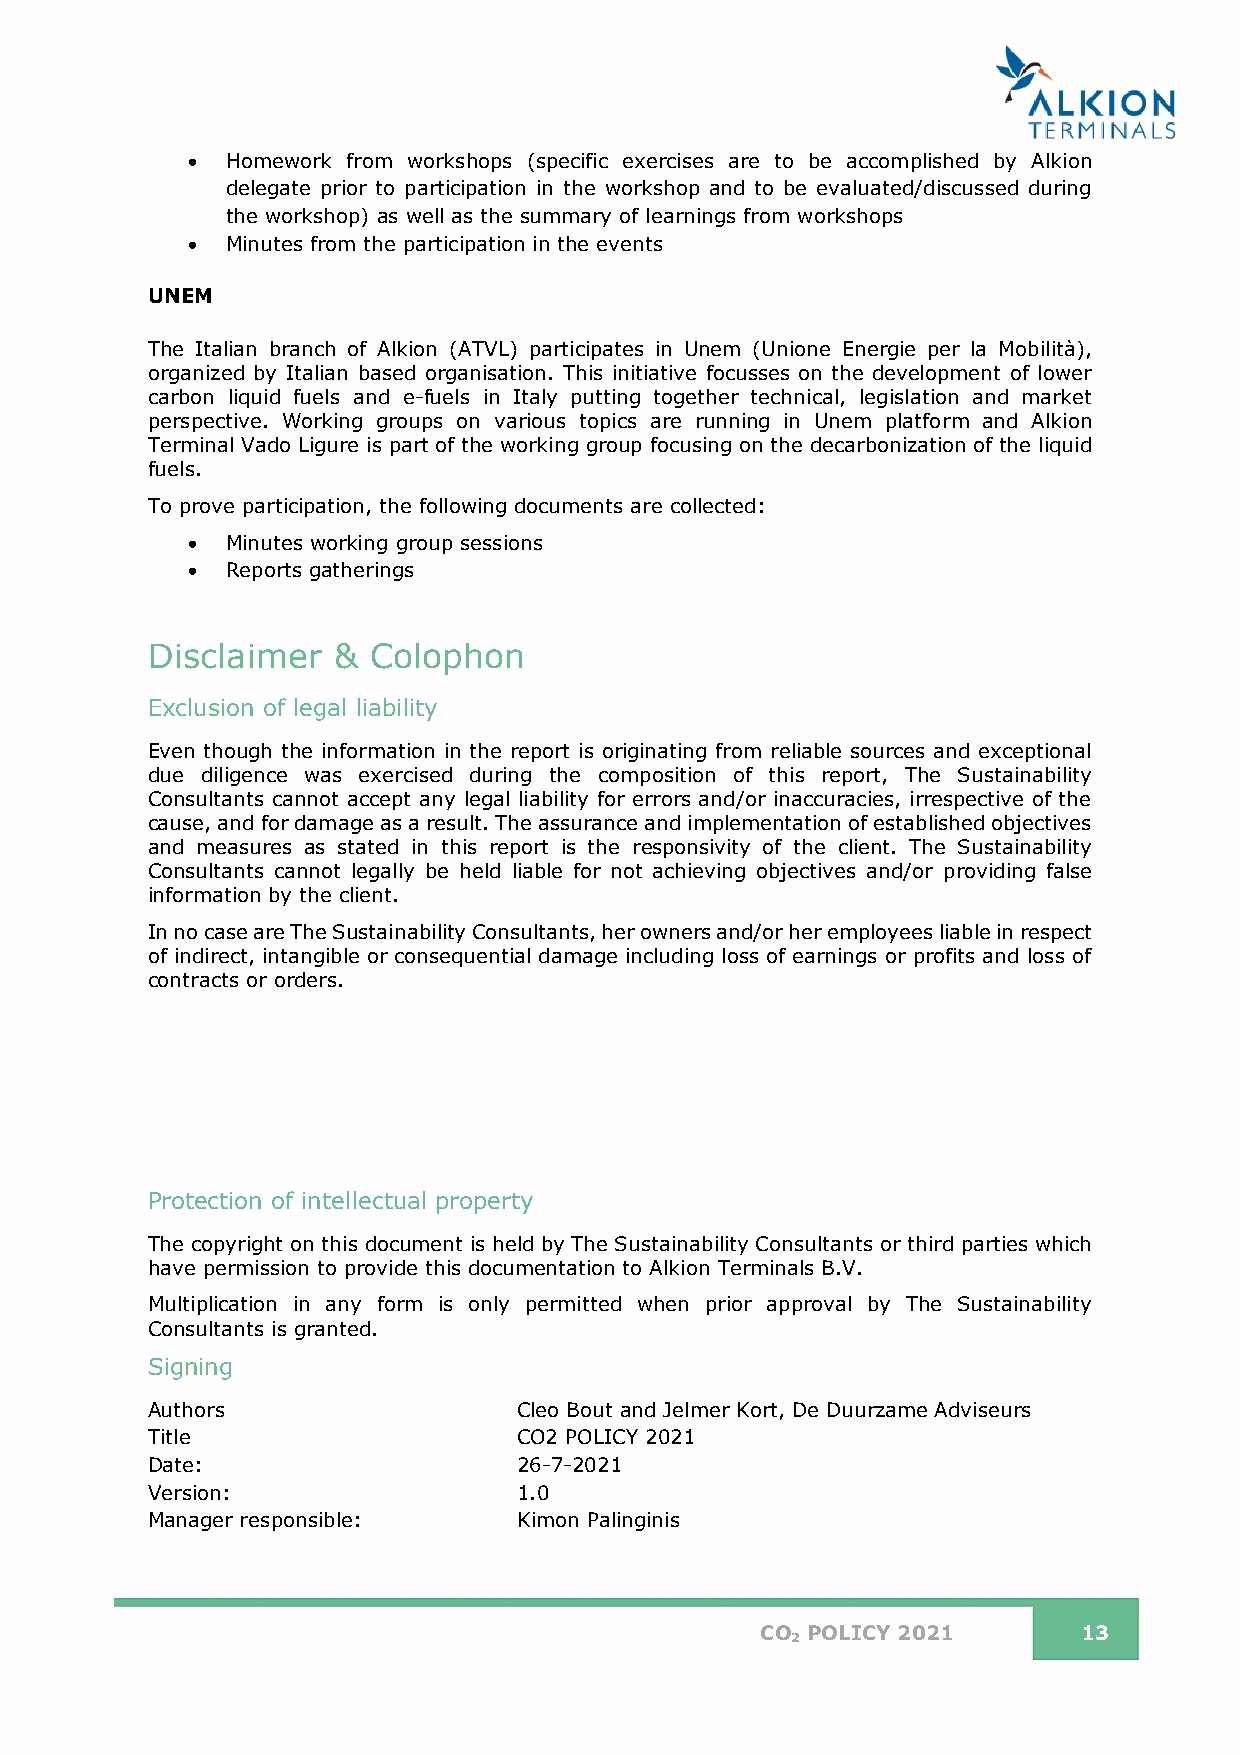
•  Homework from workshops (specific exercises are to be accomplished by Alkion
 delegate prior to participation in the workshop and to be evaluated/discussed during
 the workshop) as well as the summary of learnings from workshops
 •  Minutes from the participation in the events
 UNEM
 The Italian branch of Alkion (ATVL) participates in Unem (Unione Energie per la Mobilità),
 organized by Italian based organisation. This initiative focusses on the development of lower
 carbon liquid fuels and e-fuels in Italy putting together technical, legislation and market
 perspective. Working groups on various topics are running in Unem platform and Alkion
 Terminal Vado Ligure is part of the working group focusing on the decarbonization of the liquid
 fuels.
 To prove participation, the following documents are collected:
 •  Minutes working group sessions
 •  Reports gatherings
 Disclaimer  & Colophon
 Exclusion of legal liability
 Even though the information in the report is originating from reliable sources and exceptional
 due diligence was exercised during the composition of this report, The Sustainability
 Consultants cannot accept any legal liability for errors and/or inaccuracies, irrespective of the
 cause, and for damage as a result. The assurance and implementation of established objectives
 and measures as stated in this report is the responsivity of the client. The Sustainability
 Consultants cannot legally be held liable for not achieving objectives and/or providing false
 information by the client.
 In no case are The Sustainability Consultants, her owners and/or her employees liable in respect
 of indirect, intangible or consequential damage including loss of earnings or profits and loss of
 contracts or orders.
 Protection of intellectual property
 The copyright on this document is held by The Sustainability Consultants or third parties which
 have permission to provide this documentation to Alkion Terminals B.V.
 Multiplication in any form is only permitted when prior approval by The Sustainability
 Consultants is granted.
 Signing
 Authors                 Cleo Bout and Jelmer Kort, De Duurzame Adviseurs
 Title                   CO2 POLICY 2021
 Date:                   26-7-2021
 Version:                1.0
 Manager responsible:    Kimon Palinginis
 CO POLICY 2021        13
 2